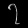
Digit: ၇